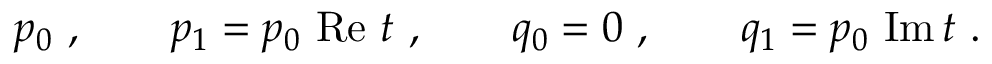
p _ { 0 } \ , \qquad p _ { 1 } = p _ { 0 } \ \mathrm { R e } \ t \ , \qquad q _ { 0 } = 0 \ , \qquad q _ { 1 } = p _ { 0 } \ \mathrm { I m } \, t \ .